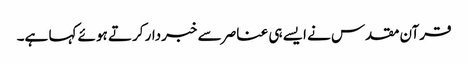
قرآن مقدس نے ایسے ہی عناصر سے خبردار کرتے ہوئے کہا ہے۔